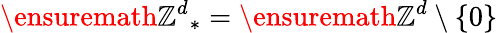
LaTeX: \ensuremath{\mathbb{Z}^{d}}_{*}=\ensuremath{\mathbb{Z}^{d}}\setminus\{ 0\}